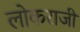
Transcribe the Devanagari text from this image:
लोकराजी